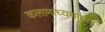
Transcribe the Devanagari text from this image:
कलामाध्यमांच्या